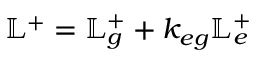
\mathbb { L } ^ { + } = \mathbb { L } _ { g } ^ { + } + k _ { e g } \mathbb { L } _ { e } ^ { + }